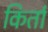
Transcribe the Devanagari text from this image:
किर्ता